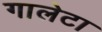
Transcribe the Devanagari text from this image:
गालेटा